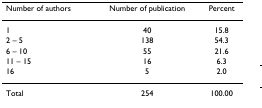
<table><thead><tr><td><b>Number of authors</b></td><td><b>Number of publication</b></td><td><b>Percent</b></td></tr></thead><tbody><tr><td>1</td><td>40</td><td>15.8</td></tr><tr><td>2 – 5</td><td>138</td><td>54.3</td></tr><tr><td>6 – 10</td><td>55</td><td>21.6</td></tr><tr><td>11 – 15</td><td>16</td><td>6.3</td></tr><tr><td>16</td><td>5</td><td>2.0</td></tr><tr><td>Total</td><td>254</td><td>100.00</td></tr></tbody></table>